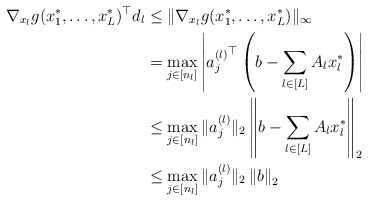
\begin{align*}\nabla_{x_l}g(x_1^*,\ldots,x_L^*)^\top d_l &\le\|\nabla_{x_l}g(x_1^*,\ldots,x_L^*)\|_\infty\\&=\max_{j\in[n_l]}\left|{a_j^{(l)}}^\top\left(b-\sum_{l\in[L]}A_lx_l^*\right)\right|\\&\le\max_{j\in[n_l]}\|a_j^{(l)}\|_2\left\|b-\sum_{l\in[L]}A_lx_l^*\right\|_2\\&\le\max_{j\in[n_l]}\|a_j^{(l)}\|_2\left\|b\right\|_2\end{align*}